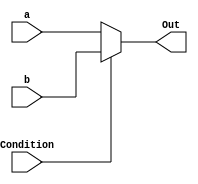
module MUX32(a,b,Condition,Out);
	input [31:0] a,b;
	input Condition;
	output [31:0]Out;
	assign Out = (Condition == 0) ? a:b;
endmodule